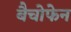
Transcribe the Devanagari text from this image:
बैचोफेन